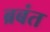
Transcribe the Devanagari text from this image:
ब्रबंत